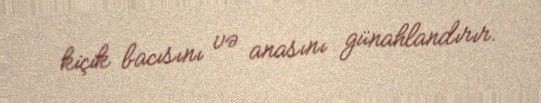
kiçik bacısını və anasını günahlandırır.